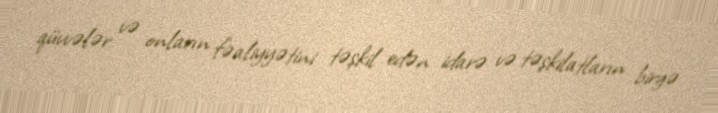
qüvvələr və onların fəaliyyətini təşkil edən idarə və təşkilatların birgə